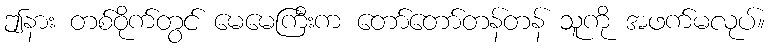
ဤနား တစ်ဝိုက်တွင် မေမေကြီးက တော်တော်တန်တန် သူကို အဖက်မလုပ်။